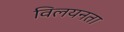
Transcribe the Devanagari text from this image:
विलयनता